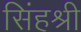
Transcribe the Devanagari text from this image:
सिंहश्री